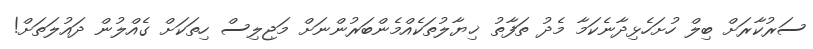
ސަރުކާރަށް ބިލް ހުށަހެޅިދާނެކަމާ މެދު ތަފާތު ޚިޔާލުތަކެއްމެންބަރުންނަށް މަޖިލިސް ހިތަކަށް ގެއްލުން ދައުލަތަށް!